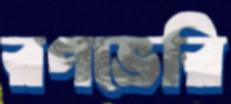
রণভেরি